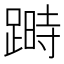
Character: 𨃯